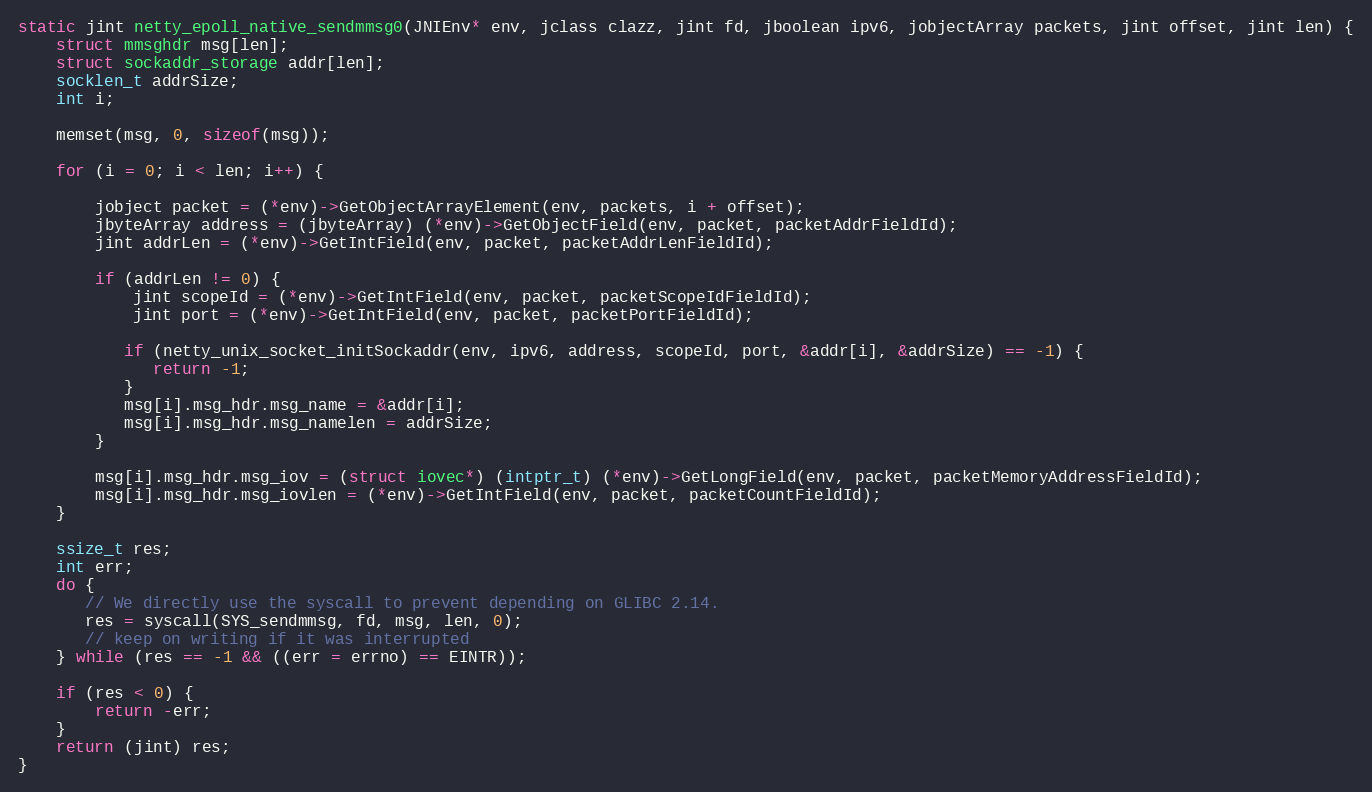
Language: C
static jint netty_epoll_native_sendmmsg0(JNIEnv* env, jclass clazz, jint fd, jboolean ipv6, jobjectArray packets, jint offset, jint len) {
    struct mmsghdr msg[len];
    struct sockaddr_storage addr[len];
    socklen_t addrSize;
    int i;

    memset(msg, 0, sizeof(msg));

    for (i = 0; i < len; i++) {

        jobject packet = (*env)->GetObjectArrayElement(env, packets, i + offset);
        jbyteArray address = (jbyteArray) (*env)->GetObjectField(env, packet, packetAddrFieldId);
        jint addrLen = (*env)->GetIntField(env, packet, packetAddrLenFieldId);

        if (addrLen != 0) {
            jint scopeId = (*env)->GetIntField(env, packet, packetScopeIdFieldId);
            jint port = (*env)->GetIntField(env, packet, packetPortFieldId);

           if (netty_unix_socket_initSockaddr(env, ipv6, address, scopeId, port, &addr[i], &addrSize) == -1) {
              return -1;
           }
           msg[i].msg_hdr.msg_name = &addr[i];
           msg[i].msg_hdr.msg_namelen = addrSize;
        }

        msg[i].msg_hdr.msg_iov = (struct iovec*) (intptr_t) (*env)->GetLongField(env, packet, packetMemoryAddressFieldId);
        msg[i].msg_hdr.msg_iovlen = (*env)->GetIntField(env, packet, packetCountFieldId);
    }

    ssize_t res;
    int err;
    do {
       // We directly use the syscall to prevent depending on GLIBC 2.14.
       res = syscall(SYS_sendmmsg, fd, msg, len, 0);
       // keep on writing if it was interrupted
    } while (res == -1 && ((err = errno) == EINTR));

    if (res < 0) {
        return -err;
    }
    return (jint) res;
}